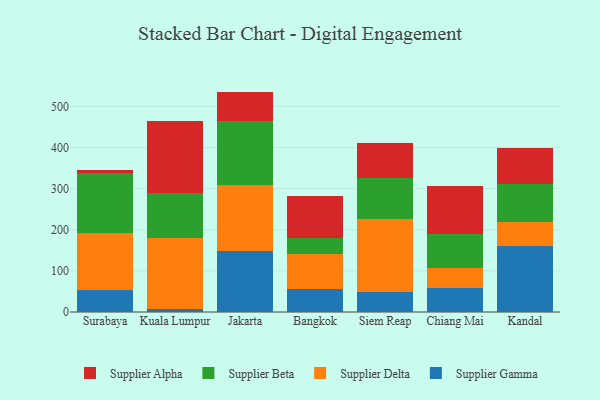
{"axis": {"x": "City", "y": "Inventory Turnover"}, "legend": ["Supplier Alpha", "Supplier Beta", "Supplier Delta", "Supplier Gamma"], "data": [{"x": "Surabaya", "y": 53.3, "type": "Supplier Gamma"}, {"x": "Surabaya", "y": 138.7, "type": "Supplier Delta"}, {"x": "Surabaya", "y": 146.9, "type": "Supplier Beta"}, {"x": "Surabaya", "y": 5.7, "type": "Supplier Alpha"}, {"x": "Kuala Lumpur", "y": 7.6, "type": "Supplier Gamma"}, {"x": "Kuala Lumpur", "y": 172.7, "type": "Supplier Delta"}, {"x": "Kuala Lumpur", "y": 110.0, "type": "Supplier Beta"}, {"x": "Kuala Lumpur", "y": 173.3, "type": "Supplier Alpha"}, {"x": "Jakarta", "y": 148.6, "type": "Supplier Gamma"}, {"x": "Jakarta", "y": 161.2, "type": "Supplier Delta"}, {"x": "Jakarta", "y": 153.8, "type": "Supplier Beta"}, {"x": "Jakarta", "y": 72.3, "type": "Supplier Alpha"}, {"x": "Bangkok", "y": 55.8, "type": "Supplier Gamma"}, {"x": "Bangkok", "y": 86.0, "type": "Supplier Delta"}, {"x": "Bangkok", "y": 39.2, "type": "Supplier Beta"}, {"x": "Bangkok", "y": 101.9, "type": "Supplier Alpha"}, {"x": "Siem Reap", "y": 48.2, "type": "Supplier Gamma"}, {"x": "Siem Reap", "y": 178.2, "type": "Supplier Delta"}, {"x": "Siem Reap", "y": 98.3, "type": "Supplier Beta"}, {"x": "Siem Reap", "y": 85.6, "type": "Supplier Alpha"}, {"x": "Chiang Mai", "y": 58.1, "type": "Supplier Gamma"}, {"x": "Chiang Mai", "y": 49.6, "type": "Supplier Delta"}, {"x": "Chiang Mai", "y": 80.8, "type": "Supplier Beta"}, {"x": "Chiang Mai", "y": 118.7, "type": "Supplier Alpha"}, {"x": "Kandal", "y": 161.3, "type": "Supplier Gamma"}, {"x": "Kandal", "y": 58.2, "type": "Supplier Delta"}, {"x": "Kandal", "y": 90.8, "type": "Supplier Beta"}, {"x": "Kandal", "y": 89.1, "type": "Supplier Alpha"}]}